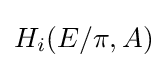
H_{i}(E/\pi ,A)